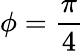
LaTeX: \phi={\frac{\pi}{4}}